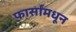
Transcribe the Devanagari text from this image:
फार्सांमधून